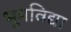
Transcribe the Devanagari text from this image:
भूमविद्या